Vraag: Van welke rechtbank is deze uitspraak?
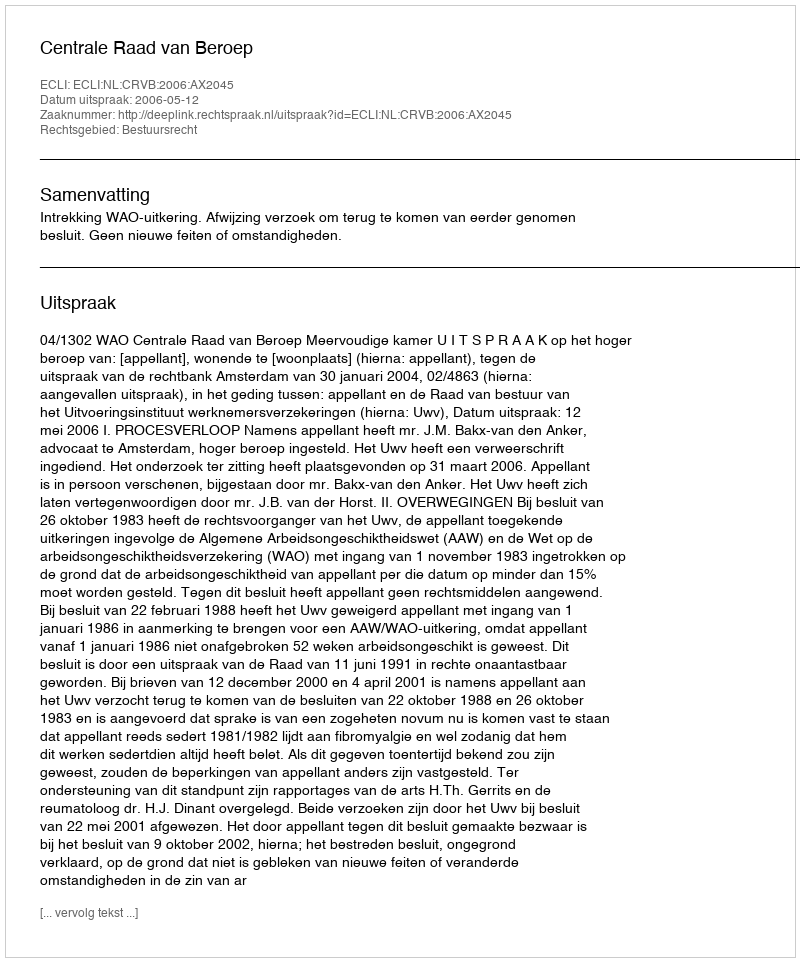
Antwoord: Centrale Raad van Beroep